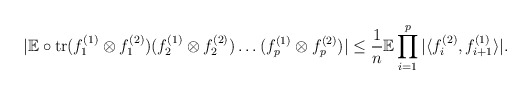
\begin{align*}|\mathbb{E}\circ\mathrm{tr}(f_{1}^{(1)}\otimes f_{1}^{(2)})(f_{2}^{(1)}\otimes f_{2}^{(2)})\ldots(f_{p}^{(1)}\otimes f_{p}^{(2)})|\leq\frac{1}{n}\mathbb{E}\prod_{i=1}^{p}|\langle f_{i}^{(2)},f_{i+1}^{(1)}\rangle|.\end{align*}